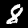
Label: 8